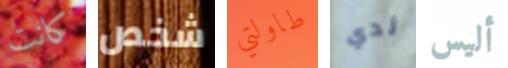
كانت شخص طاولتي ثدي أليس